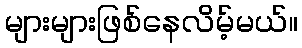
များများဖြစ်နေလိမ့်မယ်။